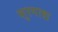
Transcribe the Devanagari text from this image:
सुरयाद्य